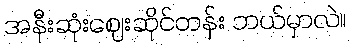
အနီးဆုံးဈေးဆိုင်တန်း ဘယ်မှာလဲ။